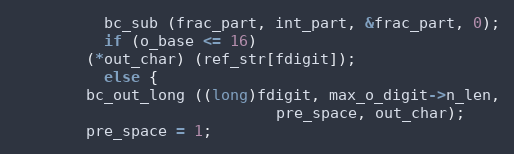
Language: C++
	      bc_sub (frac_part, int_part, &frac_part, 0);
	      if (o_base <= 16)
		(*out_char) (ref_str[fdigit]);
	      else {
		bc_out_long ((long)fdigit, max_o_digit->n_len,
                             pre_space, out_char);
		pre_space = 1;